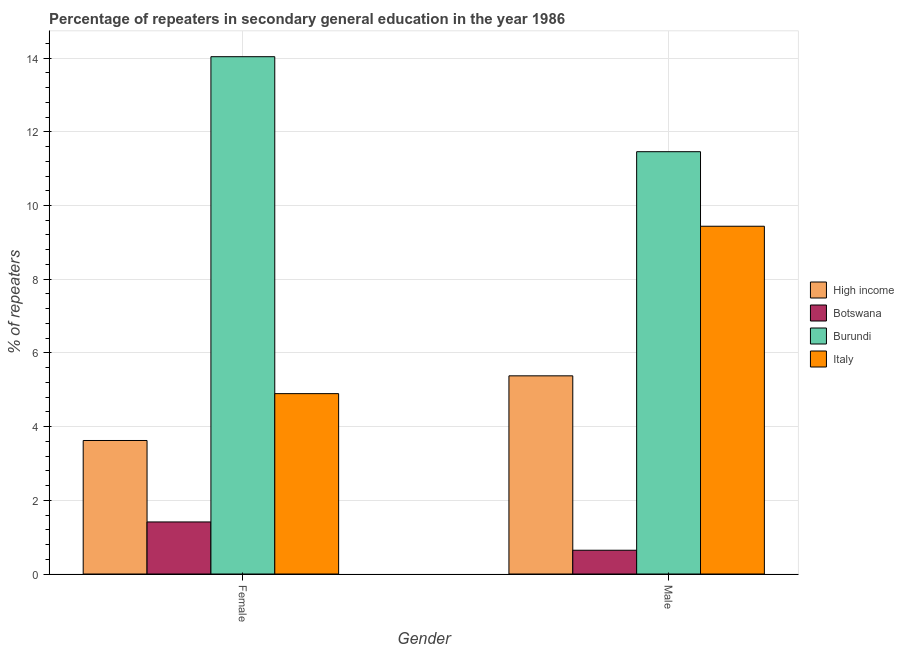
| Gender | High income | Botswana | Burundi | Italy |
 | --- | --- | --- | --- | --- |
 | Female | 3.62 | 1.41 | 14 | 4.89 |
 | Male | 5.38 | 0.645 | 11.5 | 9.44 |